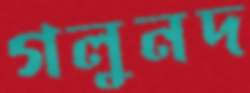
গলুনদ